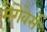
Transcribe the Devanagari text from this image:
मैंगेवेर्स